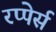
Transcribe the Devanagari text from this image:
रप्पेर्स